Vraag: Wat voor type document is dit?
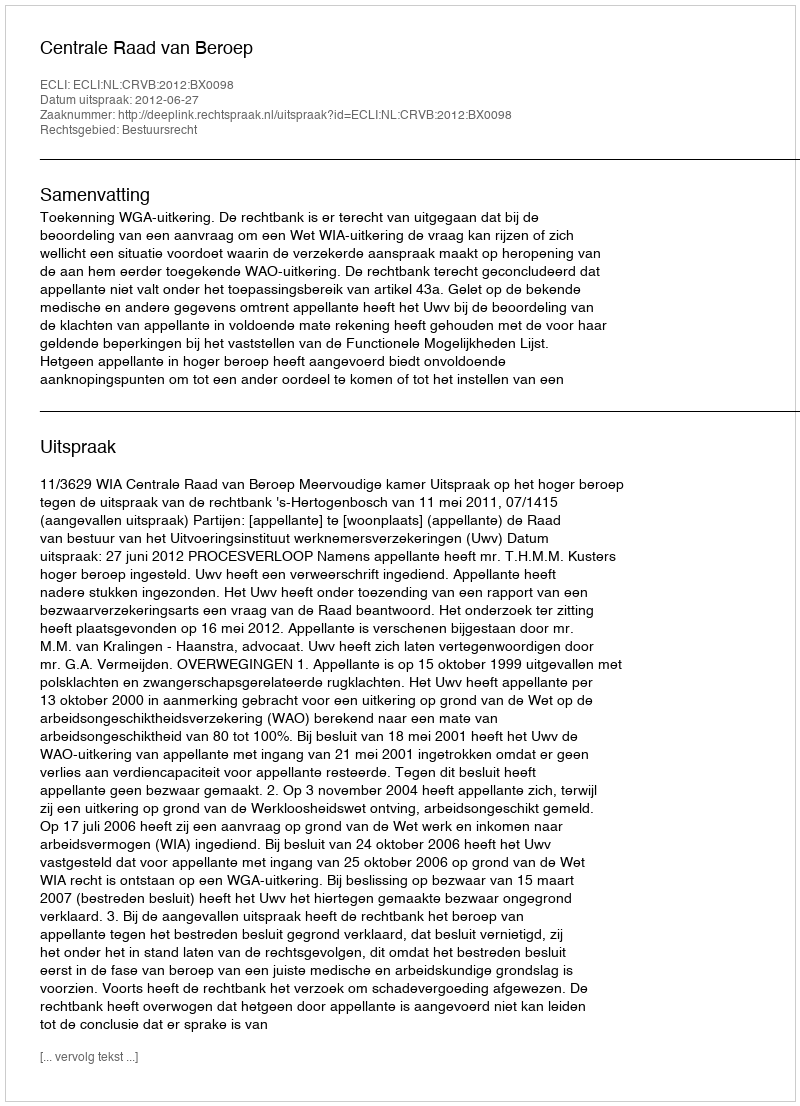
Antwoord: Uitspraak